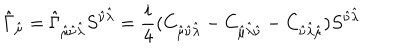
\hat { \Gamma } _ { \hat { \mu } } = \hat { \Gamma } _ { \hat { \mu } \hat { \nu } \hat { \lambda } } S ^ { \hat { \nu } \hat { \lambda } } = \frac { i } { 4 } ( C _ { \hat { \mu } \hat { \nu } \hat { \lambda } } - C _ { \hat { \mu } \hat { \lambda } \hat { \nu } } - C _ { \hat { \nu } \hat { \lambda } \hat { \mu } } ) S ^ { \hat { \nu } \hat { \lambda } }